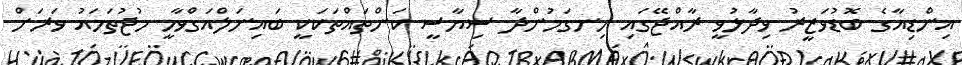
އިންޑިއާގެ ބޮޑުވަޒީރު ވިދާޅުވީ ރާއްޖޭގައި ހިނގަމުންދާ ސިޔާސީ ކަންތައްތަކަކީ ބައިނަލްއަގްވާމީ މުޖުތަމައު ވަރަށް